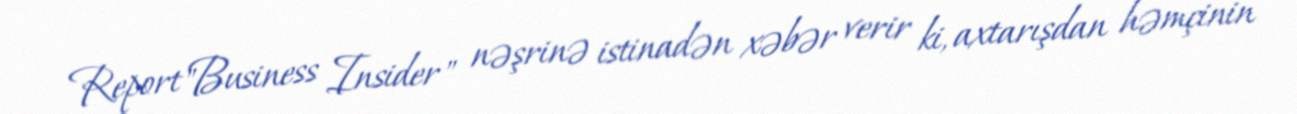
Report"Business Insider" nəşrinə istinadən xəbər verir ki, axtarışdan həmçinin